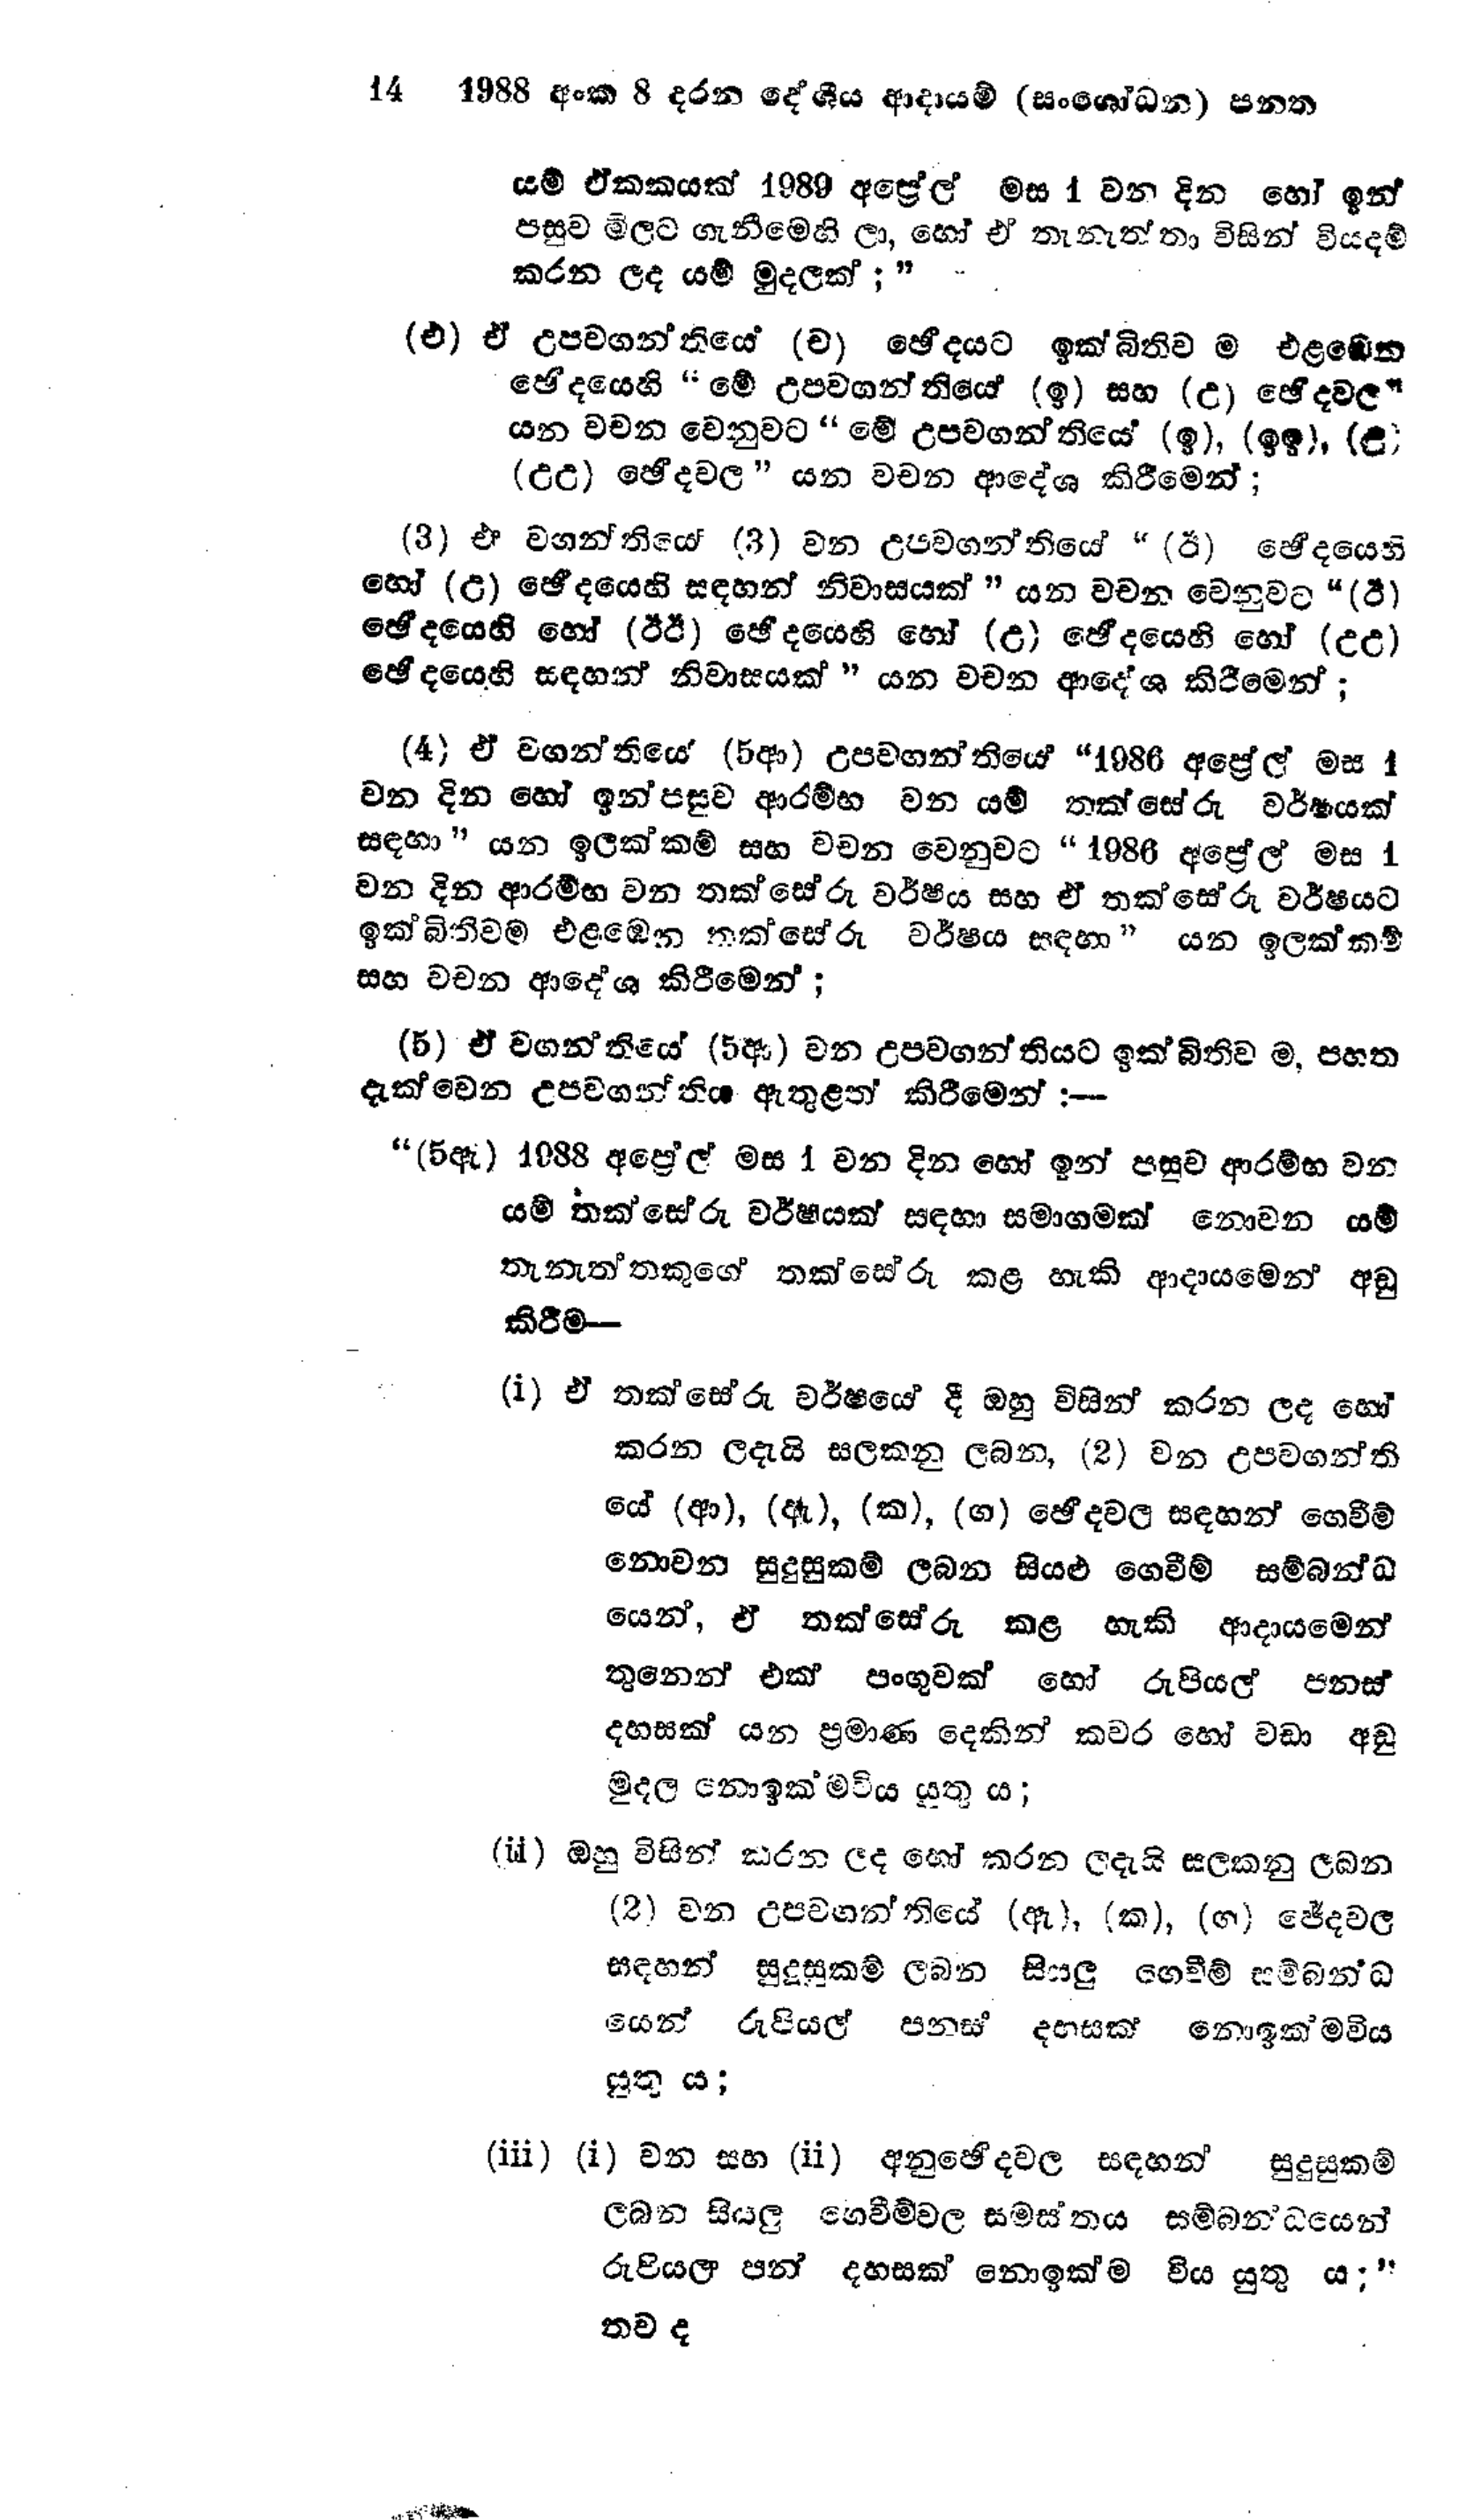
14 1988 අංක 8 දරන දේශීය ආදායම් (සංශෝධන) පනත

යම් ඒකකයක් 1989 අප්‍රේල් මස 1 වන දින හෝ ඉන්
පසුව මිලට ගැනීමෙහි ලා, හෝ ඒ තැනැත්තා විසින් වියදම්
කරන ලද යම් මුදලක්;"

(එ) ඒ උපවගන්තියේ (ච) ඡේදයට ඉක්බිතිව ම එළඹෙන
භේදයෙහි " මේ උපවගන්තියේ (ඉ) සහ (උ) ඡේදවල"
යන වචන වෙනුවට "මේ උපවගන්තියේ (ඉ), (ඉඉ), (උ)
(උඋ) ඡේදවල ” යන වචන ආදේශ කිරීමෙන්;

(3) ඒ වගන්තියේ (3) වන උපවගන්තියේ " (ඊ) ඡේදයෙහි
හෝ (උ) ඡේදයෙහි සඳහන් නිවාසයක් " යන වචන වෙනුවට " (ඊ)
ඡේදයෙහි හෝ (ඊඊ) ඡේදයෙහි හෝ (උ) ඡේදයෙහි හෝ (උඋ)
ඡේදයෙහි සඳහන් නිවාසයක් " යන වචන ආදේශ කිරීමෙන්;

(4) ඒ වගන්තියේ (5ආ) උපවගන්තියේ  “1986 අප්‍රේල් මස 1
වන දින හෝ ඉන් පසුව ආරම්භ වන යම් තක්සේරු වර්ෂයක්
සඳහා" යන ඉලක්කම් සහ වචන වෙනුවට "1986 අප්‍රේල් මස 1
වන දින ආරම්භ වන තක්සේරු වර්ෂය සහ ඒ තක්සේරු වර්ෂයට
ඉක්බිතිවම එළඹෙන තක්සේරු වර්ෂය සඳහා " යන ඉලක්කම්
සහ වචන ආදේශ කිරීමෙන්;

(5) ඒ වගන්තියේ (5ඈ) වන උපවගන්තියට ඉක්බිතිව ම, පහත
දැක්වෙන උපවගන්තිය ඇතුළත් කිරීමෙන්:--

"(5ඇ) 1988 අප්‍රේල් මස 1 වන දින හෝ ඉන් පසුව ආරම්භ වන
යම් තක්සේරු වර්ෂයක් සඳහා සමාගමක් නොවන යම්
තැනැත්තකුගේ තක්සේරු කළ හැකි ආදායමෙන් අඩු
කිරීම-

(i) ඒ තක්සේරු වර්ෂයේ දී ඔහු විසින් කරන ලද හෝ
කරන ලදැයි සලකනු ලබන, (2) වන උපවගන්ති
යේ (ආ), (ඇ), (ක), (ග) ඡේදවල සඳහන් ගෙවීම්
නොවන සුදුසුකම් ලබන සියළු ගෙවීම් සම්බන්ධ
යෙන්, ඒ තක්සේරු කළ හැකි ආදායමෙන්
තුනෙන් එක් පංගුවක් හෝ රුපියල් පනස්
දහසක් යන ප්‍රමාණ දෙකින් කවර හෝ වඩා අඩු
මුදල නොඉක්ම විය යුතු ය;

(ii) ඔහු විසින් කරන ලද හෝ කරන ලදැයි සලකනු ලබන
(2) වන උපවගන්තියේ (ඇ), (ක), (ග) ජේදවල
සඳහන් සුදුසුකම් ලබන සියලු ගෙවීම් සම්බන්ධ
යෙන් රුපියල් පනස් දහසක් නොඉක්මවිය
යුතු ය;

(iii ) (i) වන සහ (ii) අනුඡේදවල සඳහන් සුදුසුකම්
ලබන සියලු ගෙවීම් වල සමස්තය සම්බන්ධයෙන්
රුපියල් පන් දහසක් නොඉක්ම විය යුතු ය;"
තව ද